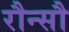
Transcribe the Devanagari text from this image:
रौन्सौ